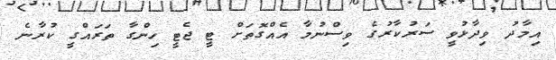
އިމާދު ވިދާޅުވީ ސަރުކާރުގެ ވިސްނުމާ އެއްގޮތަށް ޓީ ޖެޓީ ހިންގާ ތަރައްގީ ކުރާނެ